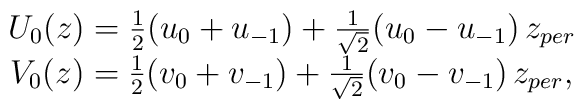
\begin{array}{c}U_0(z)=\frac 12(u_0+u_{-1})+\frac 1{\sqrt{2}}(u_0-u_{-1})\,z_{per} \\V_0(z)=\frac 12(v_0+v_{-1})+\frac 1{\sqrt{2}}(v_0-v_{-1})\,z_{per},\end{array}